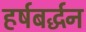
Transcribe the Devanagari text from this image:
हर्षबर्द्धन